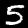
Digit: 5